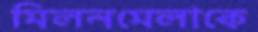
মিলনমেলাকে